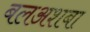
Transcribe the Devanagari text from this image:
बलअशबा